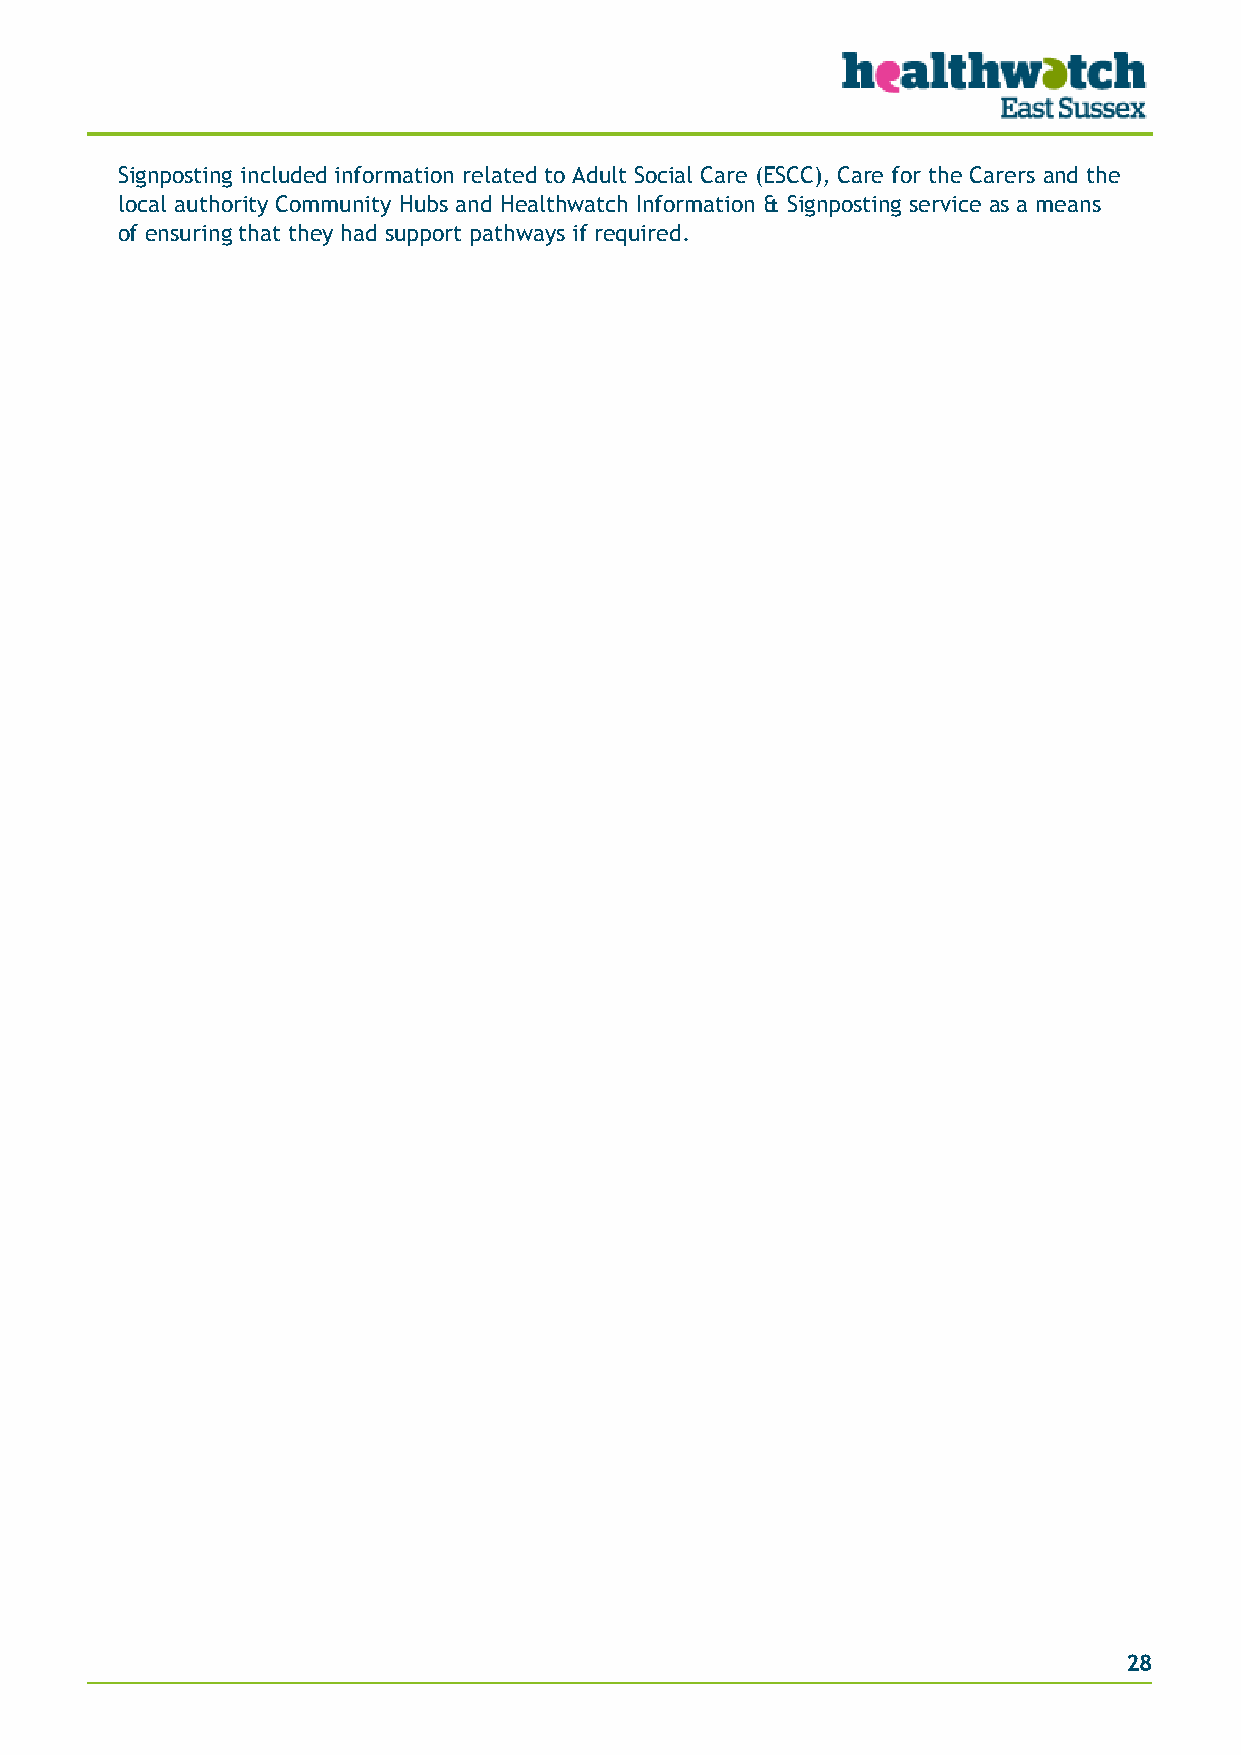
Signposting included information related to Adult Social Care (ESCC), Care for the Carers and the
 local authority Community Hubs and Healthwatch Information & Signposting service as a means
 of ensuring that they had support pathways if required.
 28